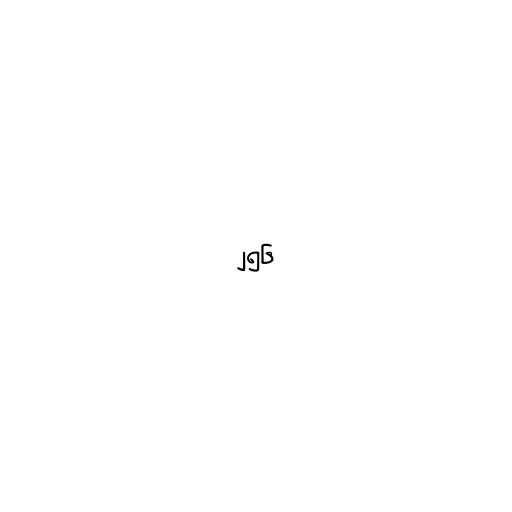
၂၅၆